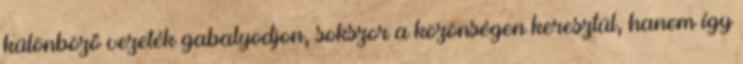
különböző vezeték gabalyodjon, sokszor a közönségen keresztül, hanem így